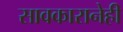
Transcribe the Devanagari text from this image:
सावकारानेही